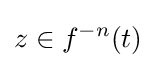
z\in f^{-n}(t)